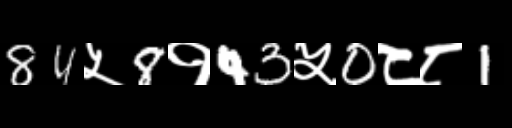
Text: 84५8१43५0८८1